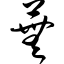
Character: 芜